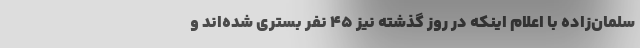
سلمان‌زاده با اعلام اینکه در روز گذشته نیز 45 نفر بستری شده‌اند و